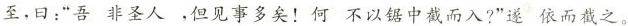
至，曰：”吾非圣人，但见事多矣！何不以锯中截而入?”遂依而截之。